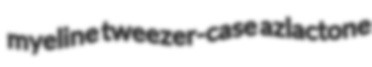
myeline tweezer-case azlactone